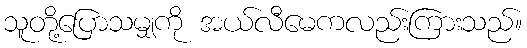
သူတို့ပြောသမျှကို အယ်လီမေကလည်းကြားသည်။